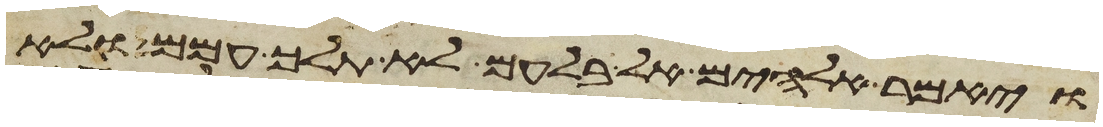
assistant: ויאמר אלהים אל בלעם לא תלך עמהם ולא